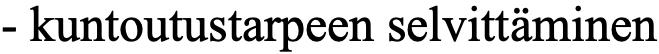
- kuntoutustarpeen selvittäminen